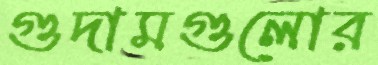
গুদামগুলোর